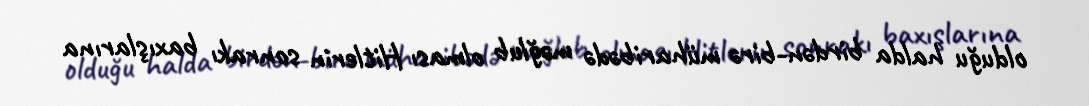
olduğu halda birdən-birə müharibədə məğlub olması Hitlerin sonrakı baxışlarına